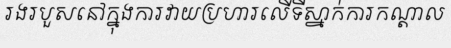
រងរបួសនៅក្នុងការវាយប្រហារលើទីស្នាក់ការកណ្តាល